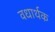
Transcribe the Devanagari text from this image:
वधार्थक